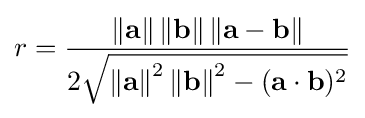
r={\frac {\left\|\mathbf {a} \right\|\left\|\mathbf {b} \right\|\left\|\mathbf {a} -\mathbf {b} \right\|}{2{\sqrt {\left\|\mathbf {a} \right\|^{2}\left\|\mathbf {b} \right\|^{2}-(\mathbf {a} \cdot \mathbf {b} )^{2}}}}}